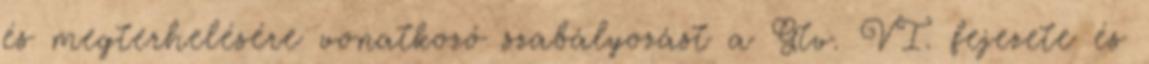
és megterhelésére vonatkozó szabályozást a Gtv. VI. fejezete és